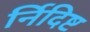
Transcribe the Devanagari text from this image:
र्निदिष्ट